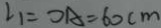
\angle 1 = O A = 6 0 c m